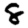
Digit: 8